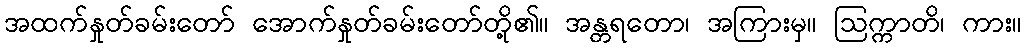
အထက်နှုတ်ခမ်းတော် အောက်နှုတ်ခမ်းတော်တို့၏။ အန္တရတော၊ အကြားမှ။ ဩက္ကာတိ၊ ကား။